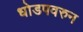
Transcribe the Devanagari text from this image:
धोडपवरुन